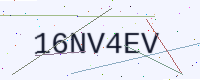
Text: 16NV4EV